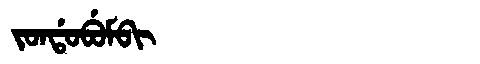
Manchu: ᠵᠣᠨᡩᠣᠪᡠᠮᠪᡳ
Romanization: JONDOBUMBI